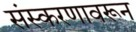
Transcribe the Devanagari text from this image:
संस्करणावरून